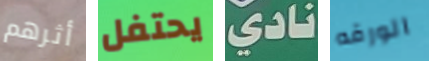
أثرهم يحتفل نادي الورقه